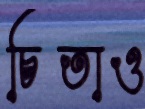
চিতাও